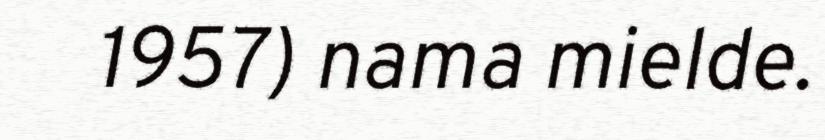
1957) nama mielde.